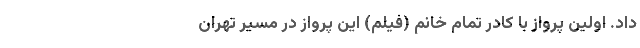
داد. اولین پرواز با کادر تمام خانم (فیلم) این پرواز در مسیر تهران